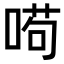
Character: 𠸚